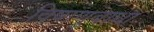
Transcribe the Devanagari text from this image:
विषाणूबाधा